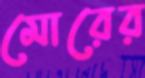
মোরের